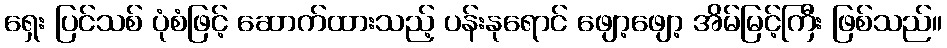
ရှေး ပြင်သစ် ပုံစံဖြင့် ဆောက်ထားသည့် ပန်းနုရောင် ဖျော့ဖျော့ အိမ်မြင့်ကြီး ဖြစ်သည်။